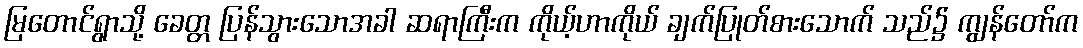
မြတောင်ရွာသို့ ခေတ္တ ပြန်သွားသောအခါ ဆရာကြီးက ကိုယ့်ဟာကိုယ် ချက်ပြုတ်စားသောက် သည်၌ ကျွန်တော်က